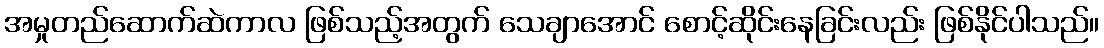
အမှုတည်ဆောက်ဆဲကာလ ဖြစ်သည့်အတွက် သေချာအောင် စောင့်ဆိုင်းနေခြင်းလည်း ဖြစ်နိုင်ပါသည်။